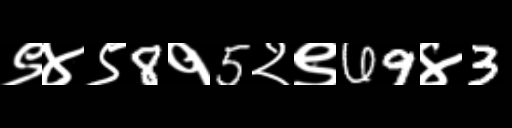
Text: ९४९8१5२९69४3